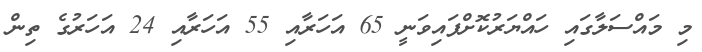
މި މައްސަލާގައި ހައްޔަރުކޮށްފައިވަނީ 65 އަހަރާއި 55 އަހަރާއި 24 އަހަރުގެ ތިން